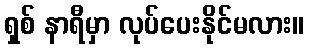
ရှစ် နာရီမှာ လုပ်ပေးနိုင်မလား။